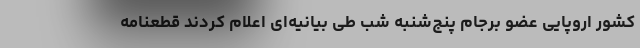
کشور اروپایی عضو برجام پنج‌شنبه شب طی بیانیه‌ای اعلام کردند قطعنامه